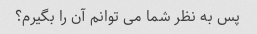
پس به نظر شما می توانم آن را بگیرم؟